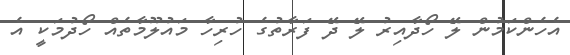
އެހެންކަމުން ލޭ ހޯދާއިރު ލޭ ދޭ ފަރާތުގެ ހުރިހާ މައުލޫމާތެއް ހޯދުމަކީ އެ